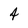
Character: 4